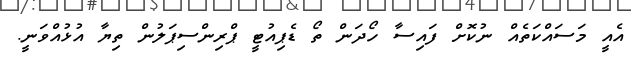
އެއީ މަސައްކަތެއް ނުކޮށް ފައިސާ ހޯދަން ތޯ ޑެޕިއުޓީ ޕްރިންސިޕަލުން ތިޔާ އުޅުއްވަނީ.